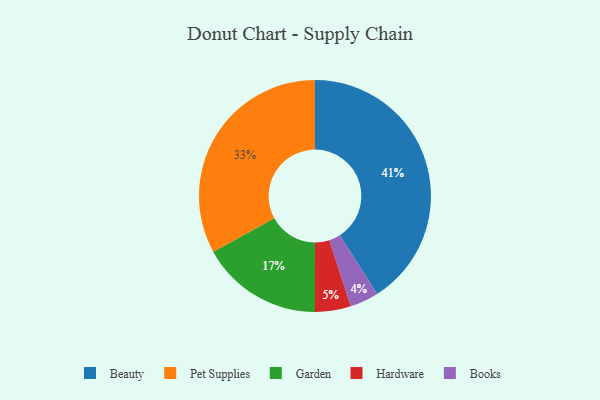
{"axis": {"x": "Category", "y": "Percentage"}, "legend": ["Beauty", "Books", "Garden", "Hardware", "Pet Supplies"], "data": [{"x": "Pet Supplies", "y": 33, "type": "Pet Supplies"}, {"x": "Beauty", "y": 41, "type": "Beauty"}, {"x": "Hardware", "y": 5, "type": "Hardware"}, {"x": "Garden", "y": 17, "type": "Garden"}, {"x": "Books", "y": 4, "type": "Books"}]}